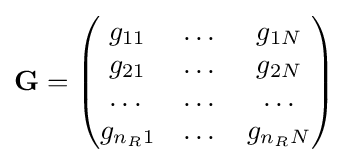
\mathbf {G} ={\begin{pmatrix}g_{11}&\dots &g_{1N}\\g_{21}&\dots &g_{2N}\\\dots &\dots &\dots \\g_{n_{R}1}&\dots &g_{n_{R}N}\\\end{pmatrix}}